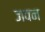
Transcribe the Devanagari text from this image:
जवन